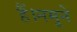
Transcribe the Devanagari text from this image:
हैं।नमूने